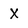
Character: X